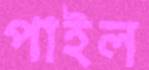
পাইল